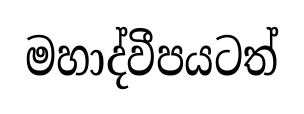
මහාද්වීපයටත්